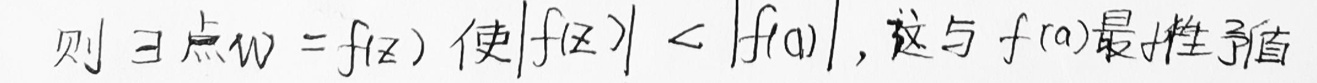
则 $\exists$ 点 $w = f(z)$ 使 $|f(z)| < |f(a)|$, 这与 $f(a)$ 最大性矛盾